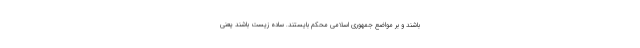
باشند و بر مواضع جمهوری اسلامی محکم بایستند. ساده زیست باشند یعنی